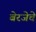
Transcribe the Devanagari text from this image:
बेरजेचे